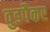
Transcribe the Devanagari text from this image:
वुडपैकर